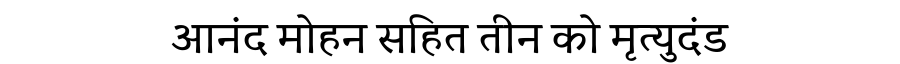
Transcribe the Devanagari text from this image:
आनंद मोहन सहित तीन को मृत्युदंड